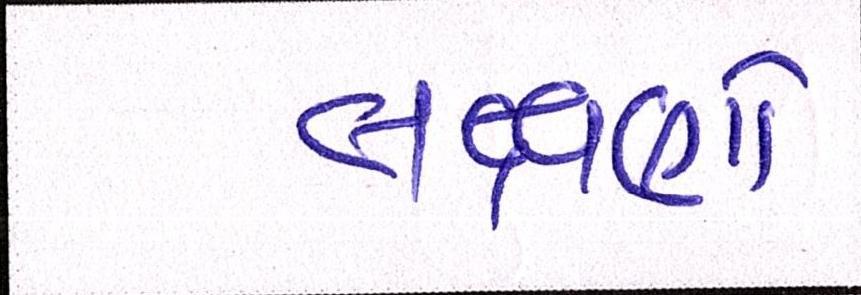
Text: લક્ષણો